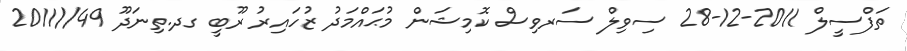
ތަފްސީލް 2011-12-28 ސިވިލް ސަރވިސް ކޮމިޝަން މުޙައްމަދު ޒުހައިރު ރޫބީ ގދ.ތިނަދޫ 49//2011